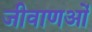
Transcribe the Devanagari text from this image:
जीवाणओं